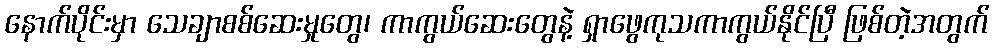
နောက်ပိုင်းမှာ သေချာစစ်ဆေးမှုတွေ၊ ကာကွယ်ဆေးတွေနဲ့ ရှာဖွေကုသကာကွယ်နိုင်ပြီ ဖြစ်တဲ့အတွက်